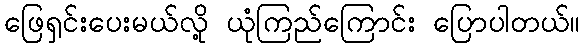
ဖြေရှင်းပေးမယ်လို့ ယုံကြည်ကြောင်း ပြောပါတယ်။